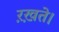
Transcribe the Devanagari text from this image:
ऱख़ते।